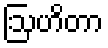
ဩဟိတာ